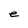
Character: e